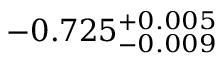
- 0 . 7 2 5 _ { - 0 . 0 0 9 } ^ { + 0 . 0 0 5 }